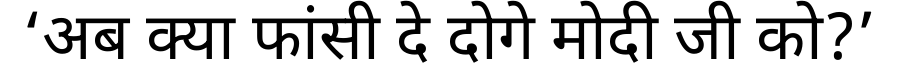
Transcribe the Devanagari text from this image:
‘अब क्या फांसी दे दोगे मोदी जी को?’